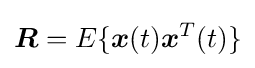
{\boldsymbol {R}}=E\{{\boldsymbol {x}}(t){\boldsymbol {x}}^{T}(t)\}